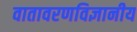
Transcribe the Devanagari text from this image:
वातावरणविज्ञानीय